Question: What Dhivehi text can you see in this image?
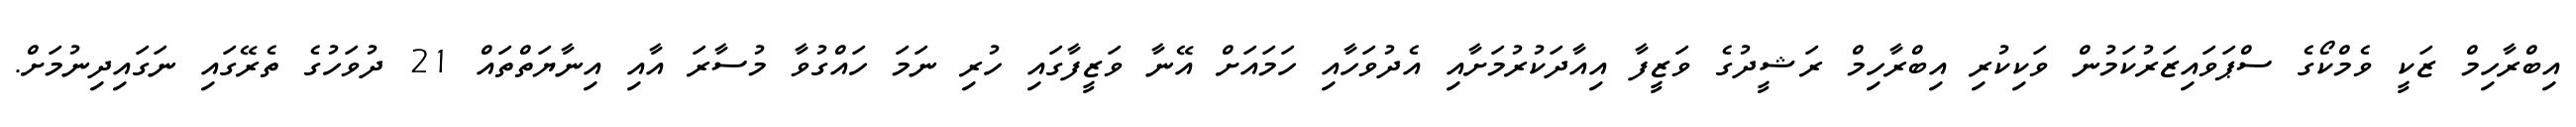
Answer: އިބްރާހިމް ޒަކީ ވެމްކޯގެ ސްޕަވައިޒަރުކަމުން ވަކިކުރި އިބްރާހިމް ރަޝީދުގެ ވަޒީފާ އިއާދަކުރުމަށާއި އެދުވަހާއި ހަމައަށް އޭނާ ވަޒީފާގައި ހުރި ނަމަ ހައްގުވާ މުސާރަ އާއި އިނާޔަތްތައް 21 ދުވަހުގެ ތެރޭގައި ނަގައިދިނުމަށް.